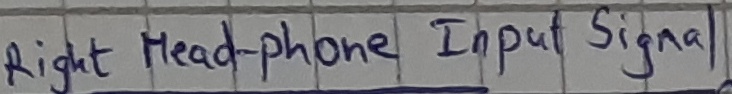
Text: Right headphone-Input signal